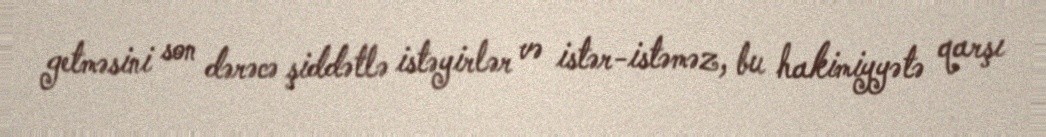
getməsini son dərəcə şiddətlə istəyirlər və istər-istəməz, bu hakimiyyətə qarşı